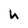
Character: h